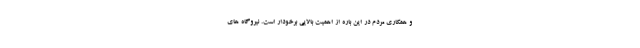
و همکاری مردم در این باره از اهمیت بالایی برخودار است. نیروگاه های